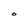
Character: O